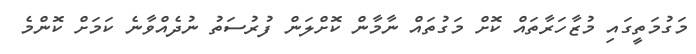
މަގުމަތީގައި މުޒާހަރާތައް ކޮށް މަގުތައް ނާމާން ކޮށްލަން ފުރުސަތު ނުދެއްވާނެ ކަމަށް ކޮންމެ